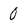
Character: 0